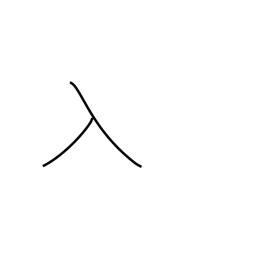
Meaning: enter